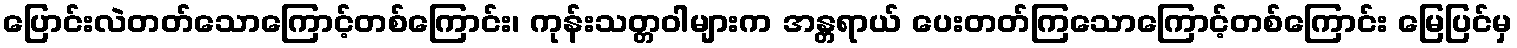
ပြောင်းလဲတတ်သောကြောင့်တစ်ကြောင်း၊ ကုန်းသတ္တဝါများက အန္တရာယ် ပေးတတ်ကြသောကြောင့်တစ်ကြောင်း မြေပြင်မှ